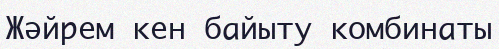
Жәйрем кен байыту комбинаты